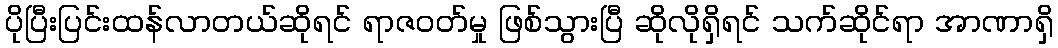
ပိုပြီးပြင်းထန်လာတယ်ဆိုရင် ရာဇဝတ်မှု ဖြစ်သွားပြီ ဆိုလိုရှိရင် သက်ဆိုင်ရာ အာဏာရှိ